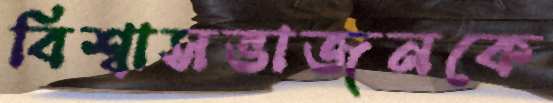
বিশ্বাসভাজনকে